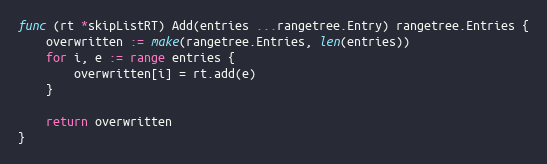
Language: Go
func (rt *skipListRT) Add(entries ...rangetree.Entry) rangetree.Entries {
	overwritten := make(rangetree.Entries, len(entries))
	for i, e := range entries {
		overwritten[i] = rt.add(e)
	}

	return overwritten
}